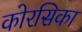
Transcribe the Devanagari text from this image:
कोरसिका